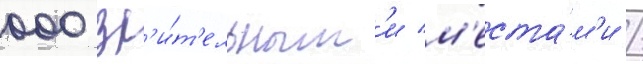
000 зр'и́т'ельным'и м'еста́м'и /